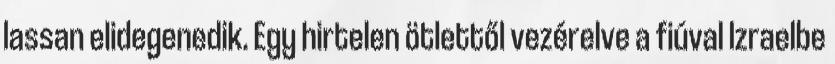
lassan elidegenedik. Egy hirtelen ötlettől vezérelve a fiúval Izraelbe